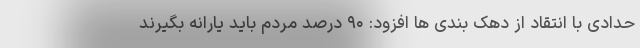
حدادی با انتقاد از دهک بندی ها افزود: ۹۰ درصد مردم باید یارانه بگیرند